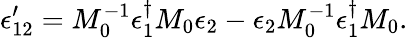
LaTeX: \epsilon_{12}^{\prime}=M_{0}^{-1}\epsilon_{1}^{\dagger}M_{0}\epsilon_{2}-\epsilon_{2}M_{0}^{-1}\epsilon_{1}^{\dagger}M_{0}.